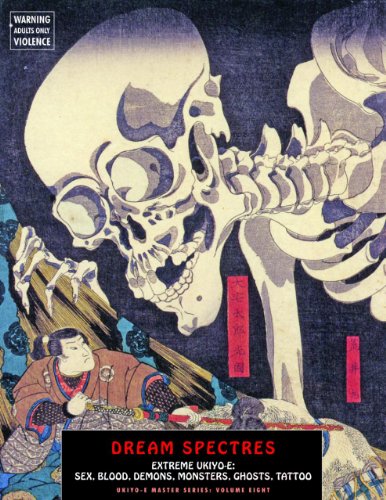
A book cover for Dream Spectres: Extreme Ukiyo-e: Sex, Blood, Demons,  Monsters, Ghosts, Tattoo (Ukiyo-e Master Series); Arts & Photography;